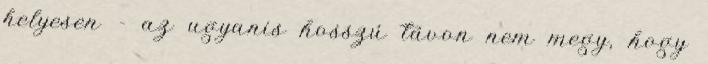
helyesen - az ugyanis hosszú távon nem megy, hogy